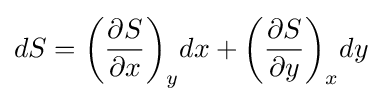
dS=\left({\frac {\partial S}{\partial x}}\right)_{y}\!dx+\left({\frac {\partial S}{\partial y}}\right)_{x}\!dy